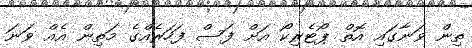
ތިން ވަނާގައި އޮތް ޕޯޓެރިކޯ އަށް ފަސް ފަހަރެއްގެ މަތިން އެއް ވަނަ